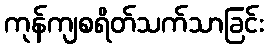
ကုန်ကျစရိတ်သက်သာခြင်း